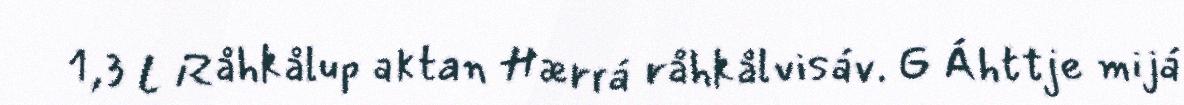
1,3 L Råhkålup aktan Hærrá råhkålvisáv. G Áhttje mijá